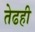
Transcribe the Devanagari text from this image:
तेढही